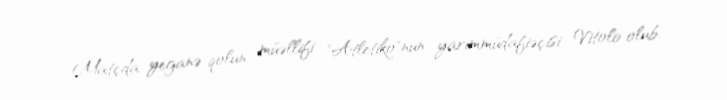
Matçda yeganə qolun müəllifi "Atletiko"nun yarımmüdafiəçisi Vitolo olub.